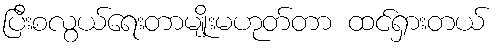
ပြီးစလွယ်ရေးတာမျိုးမဟုတ်တာ ထင်ရှားတယ်